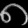
Digit: ၈